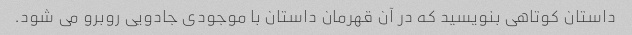
داستان کوتاهی بنویسید که در آن قهرمان داستان با موجودی جادویی روبرو می شود.